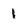
Character: 1